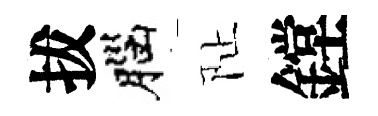
拔腦阯鏜